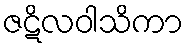
ဇဋိလဝါသိကာ